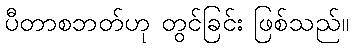
ပီတာစဘတ်ဟု တွင်ခြင်း ဖြစ်သည်။